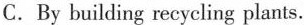
C. By building recycling plants.